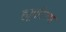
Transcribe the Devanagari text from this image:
ह्यूमरिज्म